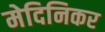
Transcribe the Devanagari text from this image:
मेदिनिकर